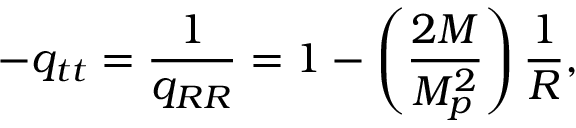
- q _ { t t } = \frac { 1 } { q _ { R R } } = 1 - \left( \frac { 2 M } { M _ { p } ^ { 2 } } \right) \frac { 1 } { R } ,